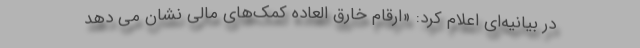
در بیانیه‌ای اعلام کرد: «ارقام خارق العاده کمک‌های مالی نشان می دهد